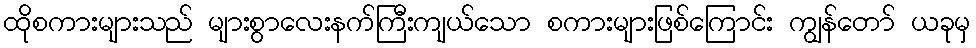
ထိုစကားများသည် များစွာလေးနက်ကြီးကျယ်သော စကားများဖြစ်ကြောင်း ကျွန်တော် ယခုမှ